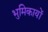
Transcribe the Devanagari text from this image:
भुमिकायों